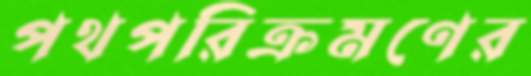
পথপরিক্রমণের